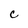
Character: C